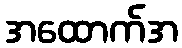
အထောက်အ